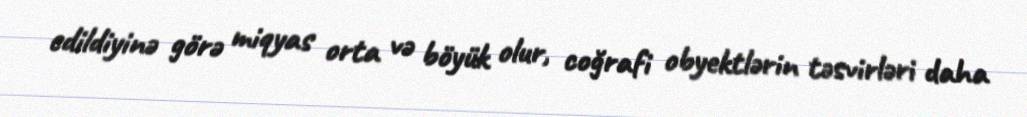
edildiyinə görə miqyas orta və böyük olur, coğrafi obyektlərin təsvirləri daha